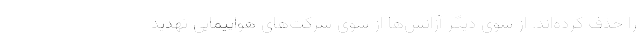
را حذف کرده‌اند. از سوی دیگر آژانس‌ها از سوی شرکت‌های هواپیمایی تهدید